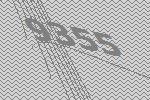
9355